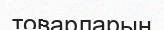
товарларын